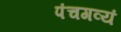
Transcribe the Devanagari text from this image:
पंचगव्यं